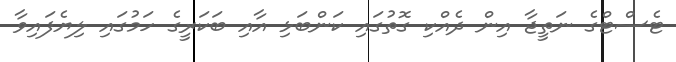
ޓެސްޓްގެ ނަތީޖާ އިން ދެއްކި ގޮތުގައި ކަންބަޅި އާއި ބަކަރީގެ ހަމުގައި ލިޔެފައިވާ